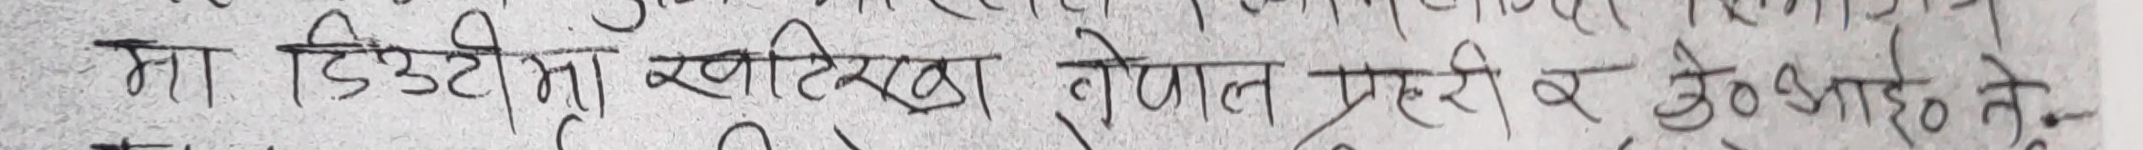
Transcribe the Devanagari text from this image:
मा डिउटीमा खातिर नेपाल प्रहरी र जेइओ आहैँ त?